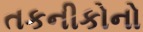
તકનીકોનો